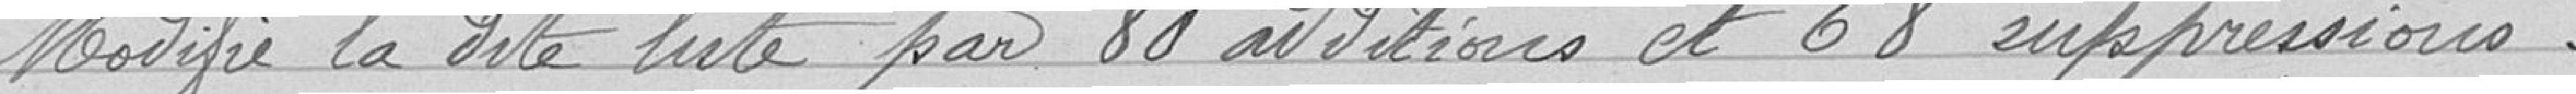
modifie la dite liste par 80 additions et 68 suppressions.